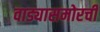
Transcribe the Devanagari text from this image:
वाड्यासमोरची